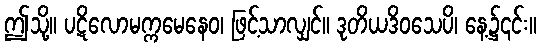
ဤသို့။ ပဋိလောမက္ကမေနေဝ၊ ဖြင့်သာလျှင်။ ဒုတိယဒိဝသေပိ၊ နေ့၌၎င်း။